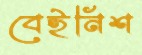
বেইনিশ